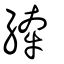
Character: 縴